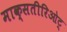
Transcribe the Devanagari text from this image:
माक्सतीरिओट्